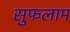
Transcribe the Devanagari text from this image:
सुफलाम